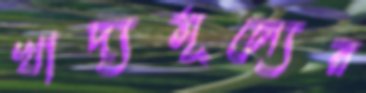
খাদ্যমূল্যের